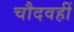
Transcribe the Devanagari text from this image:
चौदवहीं